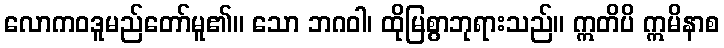
လောကဝဒူမည်တော်မူ၏။ သော ဘဂဝါ၊ ထိုမြစွာဘုရားသည်။ ဣတိပိ ဣမိနာစ